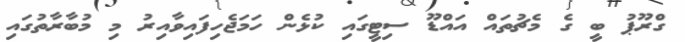
ގްރޫޕު ބީ ގެ މެޗުތައް އައްޑޫ ސިޓީގައި ކުޅެން ހަމަޖެހިފައިވާއިރު މި މުބާރާތުގައި